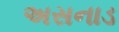
અસનાડ